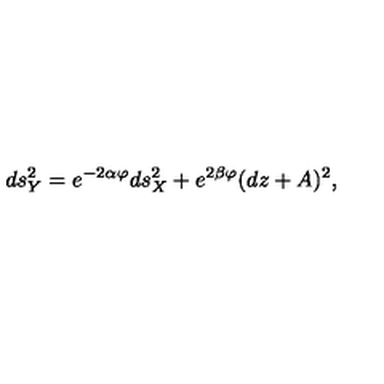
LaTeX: d s _ { Y } ^ { 2 } = e ^ { - 2 \alpha \varphi } d s _ { X } ^ { 2 } + e ^ { 2 \beta \varphi } ( d z + A ) ^ { 2 } ,